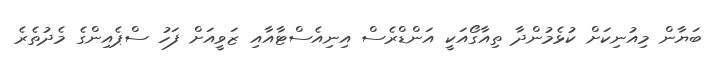
ބަޔާން މިއުނިކަށް ކުޅެމުންދާ ތިއާގޯއަކީ އަންޑްރެސް އިނިއެސްޓާއާއި ޒަވީއަށް ފަހު ސްޕެއިންގެ މެދުތެރެ